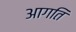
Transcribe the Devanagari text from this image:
आगति